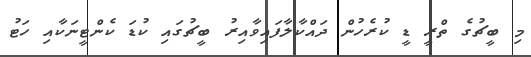
މި ބީޗުގެ ތްރީ ޑީ ކުރެހުން ދައްކާލާފައިވާއިރު ބީޗުގައި ކުޑަ ކެންޓީނަކާއި ހަޓު